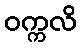
ဝက္ကလိ